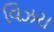
વિઝરા